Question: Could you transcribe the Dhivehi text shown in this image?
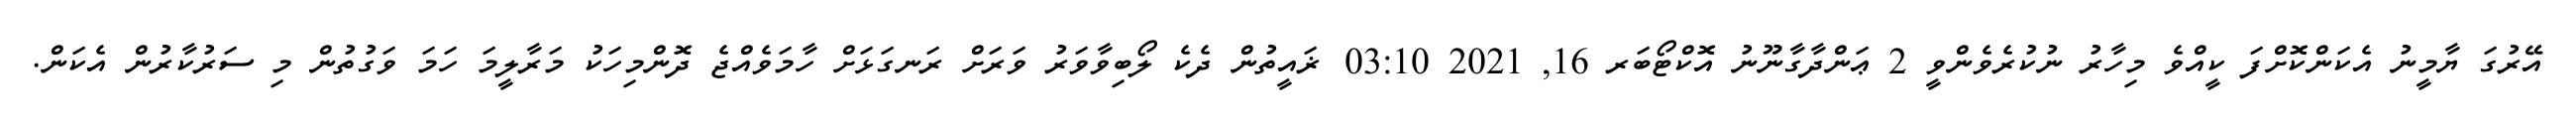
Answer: އޭރުގަ ޔާމީނު އެކަންކޮށްފަ ކީއްވެ މިހާރު ނުކުރެވެންވީ 2 ޢަންދާގާނޫނު އޮކްޓޯބަރ 16, 2021 03:10 ޜައީތުން ދެކެ ލޯބިވާވަރު ވަރަށް ރަނގަޅަށް ހާމަވެއްޖެ ދޮންމިހަކު މަރާލީމަ ހަމަ ވަގުތުން މި ސަރުކާރުން އެކަން.